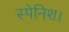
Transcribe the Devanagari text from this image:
स्पेनिश।